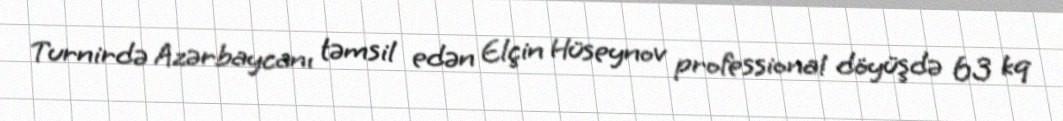
Turnirdə Azərbaycanı təmsil edən Elçin Hüseynov professional döyüşdə 63 kq